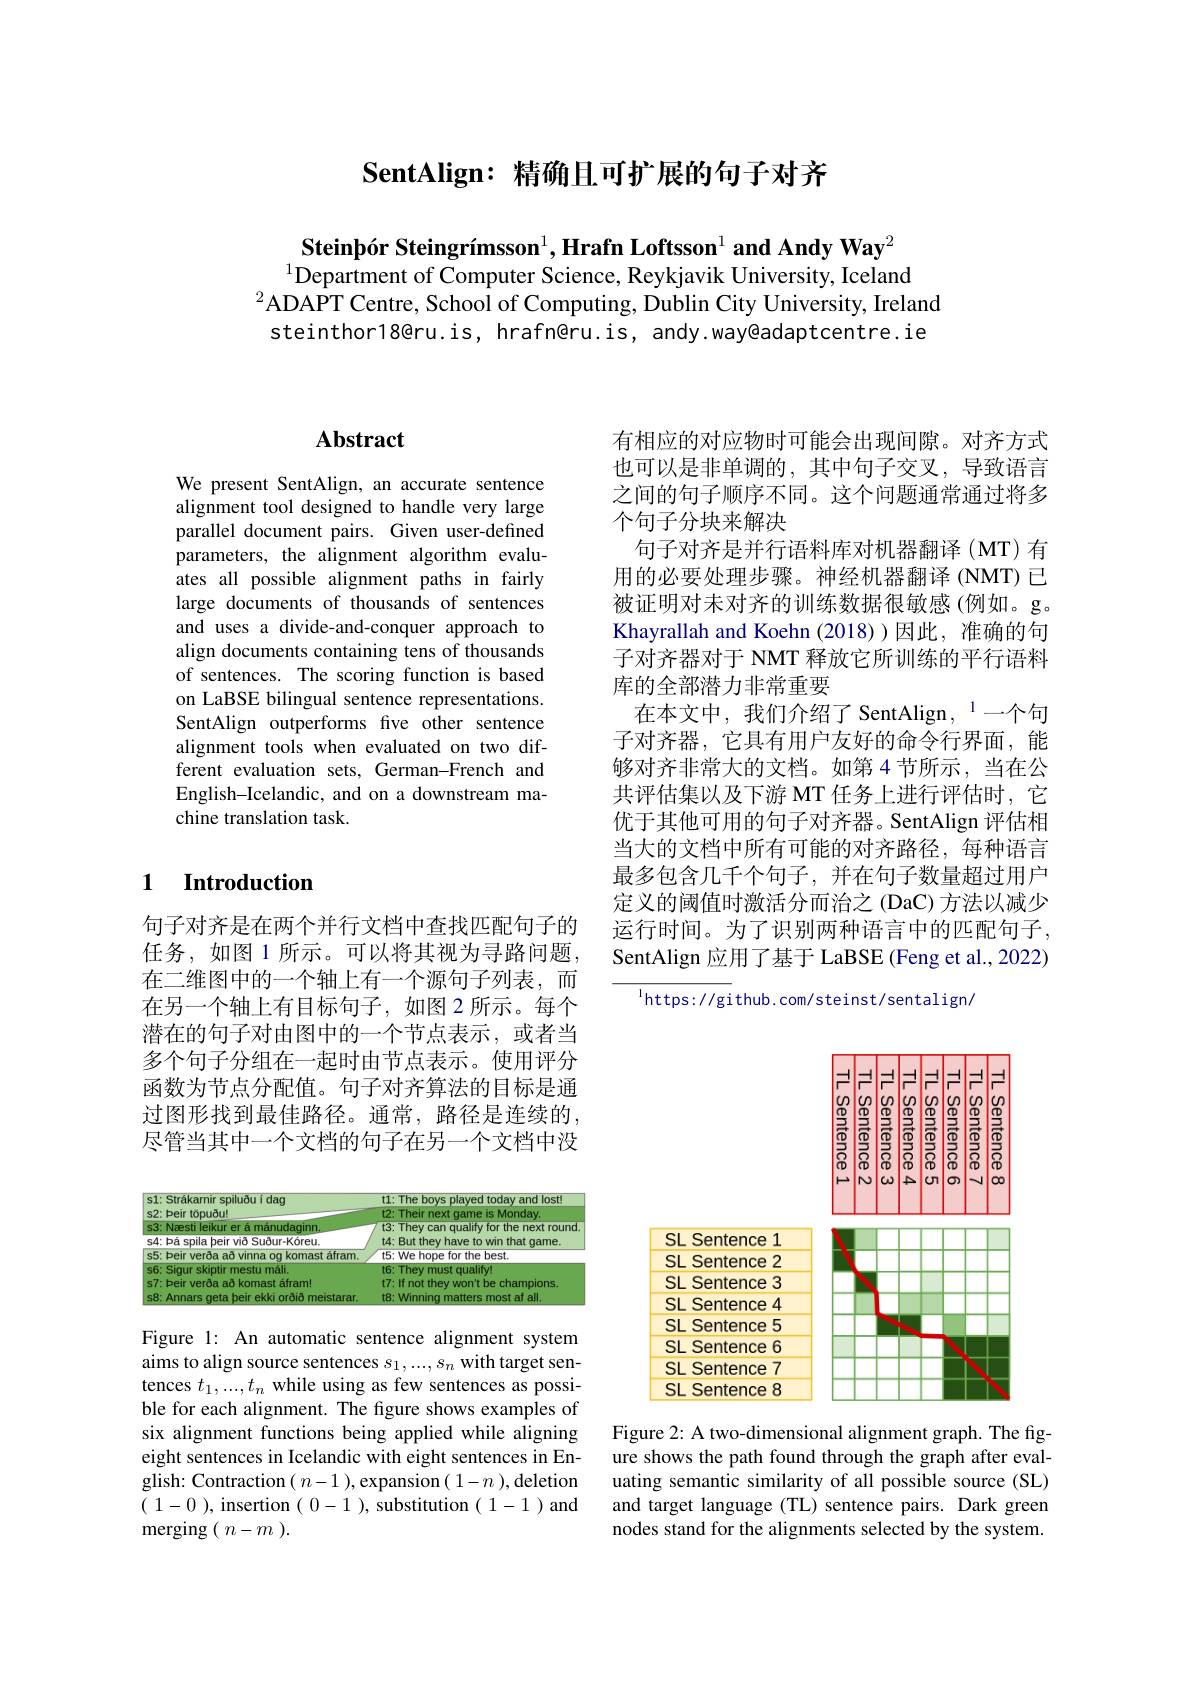
## SentAlign: 精确目可扩展的句子对齐

Steinþór Steingrímsson$^1,\textbf{Hrafn Loftsson}^{1}\textbf{and Andy Way}^{2}$
$\bar{\text{Department of Computer Science, Reykjavik University, Iceland}}$
$^{2}\hat{\text{ADAPT Centre, School of Computing, Dublin City University, Ireland}}$ steinthor18@ru.is, hrafn@ru.is, andy.way@adaptcentre.ie

## $\mathbf{Abstract}$

We present SentAlign, an accurate sentence alignment tool designed to handle very large parallel document pairs. Given user-defined parameters, the alignment algorithm evaluates all possible alignment paths in fairly large documents of thousands of sentences and uses a divide-and-conquer approach to align documents containing tens of thousands of sentences. The scoring function is based on LaBSE bilingual sentence representations. SentAlign outperforms five other sentence alignment tools when evaluated on two different evaluation sets, German-French and English-Icelandic, and on a downstream machine translation task.

## 1 Introduction

句子对齐是在两个并行文档中查找匹配句子的任务，如图 1 所示。可以将其视为寻路问题， 在二维图中的一个轴上有一个源句子列表，而在另一个轴上有目标句子，如图 2 所示。每个潜在的句子对由图中的一个节点表示，或者当多个句子分组在一起时由节点表示。使用评分函数为节点分配值。句子对齐算法的目标是通过图形找到最佳路径。通常，路径是连续的， 尽管当其中一个文档的句子在另一个文档中没

<FigureHere>

Figure 1: An automatic sentence alignment system aims to align source sentences $s_1,...,s_n$ with target sentences $t_1,...,t_n$ while using as few sentences as possible for each alignment. The figure shows examples of six alignment functions being applied while aligning eight sentences in Icelandic with eight sentences in English: Contraction( $n- 1$ ),expansion( $1- n$ ),deletion $(\begin{array}{c}1-0\end{array})$,insertion$(\begin{array}{c}0-1\end{array})$,substitution$(\begin{array}{c}1-1\end{array})$and ${\mathrm{merging}}($ $n- m$ ).

有相应的对应物时可能会出现间隙。对齐方式也可以是非单调的，其中句子交叉，导致语言之间的句子顺序不同。这个问题通常通过将多个句子分块来解决
句子对齐是并行语料库对机器翻译(MT)有用的必要处理步骤。神经机器翻译 (NMT) 已被证明对未对齐的训练数据很敏感(例如。g。Khayrallah and Koehn (2018))因此，准确的句子对齐器对于 NMT 释放它所训练的平行语料库的全部潜力非常重要
在本文中，我们介绍了 SentAlign, $^{1}$一个句子对齐器，它具有用户友好的命令行界面，能够对齐非常大的文档。如第 4节所示，当在公共评估集以及下游 MT 任务上进行评估时，它优于其他可用的句子对齐器。SentAlign 评估相当大的文档中所有可能的对齐路径，每种语言最多包含几千个句子，并在句子数量超过用户定义的阈值时激活分而治之(DaC)方法以减少运行时间。为了识别两种语言中的匹配句子， SentAlign 应用了基于 LaBSE (Feng et al., 2022)

$^{\mathrm{l}}$https://github.com/steinst/sentalign/

<FigureHere>

Figure 2: A two-dimensional alignment graph. The figure shows the path found through the graph after evaluating semantic similarity of all possible source (SL) and target language (TL) sentence pairs. Dark green nodes stand for the alignments selected by the system.